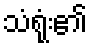
သံရုံး၏